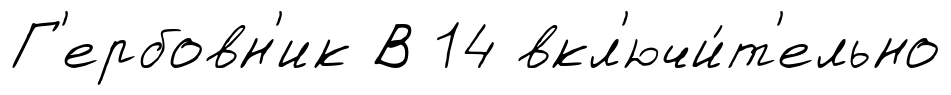
Г'ербовн'ик В 14 вкл'ючи́т'ельно